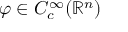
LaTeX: \varphi \in C _ { c } ^ { \infty } ( \mathbb { R } ^ { n } )